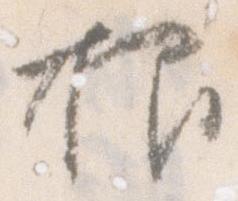
抑